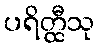
ပရိတ္ထီသု